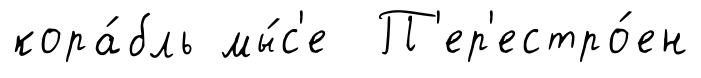
кора́бль мы́с'е П'ер'естро́ен